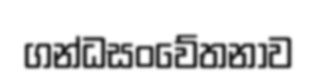
ගන්ධසංවේතනාව